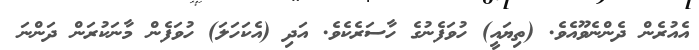
އެއުރެން ދެންނެވޫއެވެ. (ތިޔައީ) ހުވަފެނުގެ ހާސަރެކެވެ. އަދި (އެކަހަލަ) ހުވަފެން މާނަކުރަން ދަންނަ